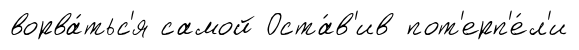
ворва́тьс'я самой Оста́в'ив пот'ерп'е́л'и